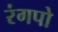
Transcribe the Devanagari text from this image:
रंगपो